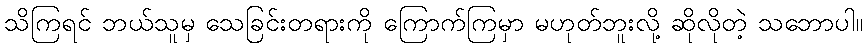
သိကြရင် ဘယ်သူမှ သေခြင်းတရားကို ကြောက်ကြမှာ မဟုတ်ဘူးလို့ ဆိုလိုတဲ့ သဘောပါ။